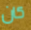
كان